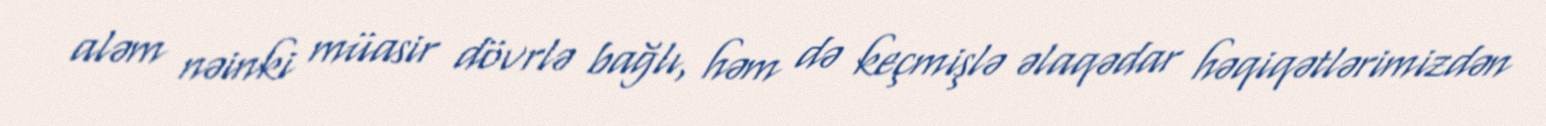
aləm nəinki müasir dövrlə bağlı, həm də keçmişlə əlaqədar həqiqətlərimizdən